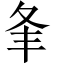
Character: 夆